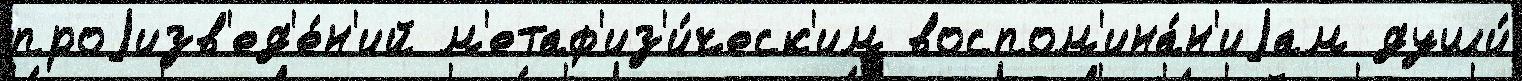
проjизв'ед'е́н'ий м'етаф'из'и́ческ'им воспом'ина́н'иjам души́